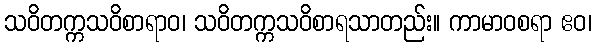
သဝိတက္ကသဝိစာရာဝ၊ သဝိတက္ကသဝိစာရသာတည်း။ ကာမာဝစရာ ဧဝ၊